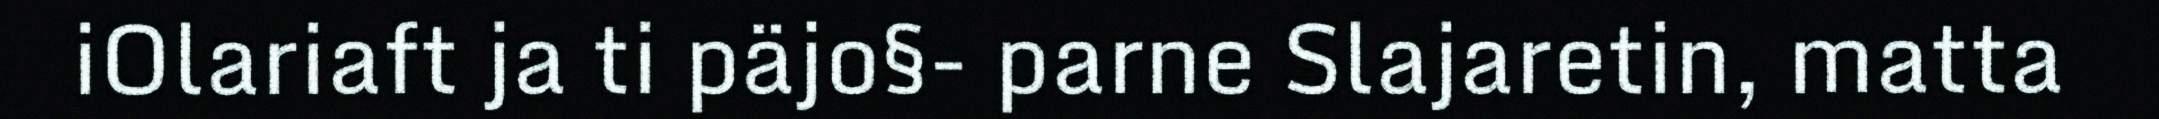
iOlariaft ja ti päjo§- parne Slajaretin, matta